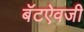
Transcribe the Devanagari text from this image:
बॅटऐवजी